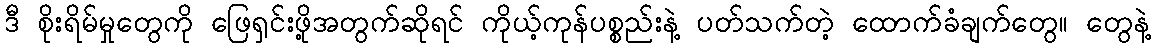
ဒီ စိုးရိမ်မှုတွေကို ဖြေရှင်းဖို့အတွက်ဆိုရင် ကိုယ့်ကုန်ပစ္စည်းနဲ့ ပတ်သက်တဲ့ ထောက်ခံချက်တွေ၊၊ တွေနဲ့